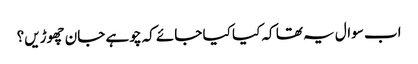
اب سوال یہ تھا کہ کیا کیا جائے کہ چوہے جان چھوڑیں؟